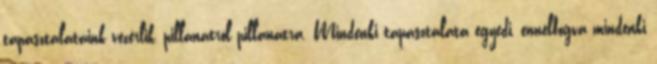
tapasztalataink vezérlik, pillanatról pillanatra. Mindenki tapasztalata egyedi, ennélfogva mindenki